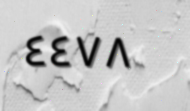
٤٤٧٨